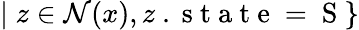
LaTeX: |\; z\in\mathcal{N}(x),z\mathrm{~.~s~t~a~t~e~=~S~}\}